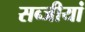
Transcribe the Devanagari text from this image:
सब्जीयां